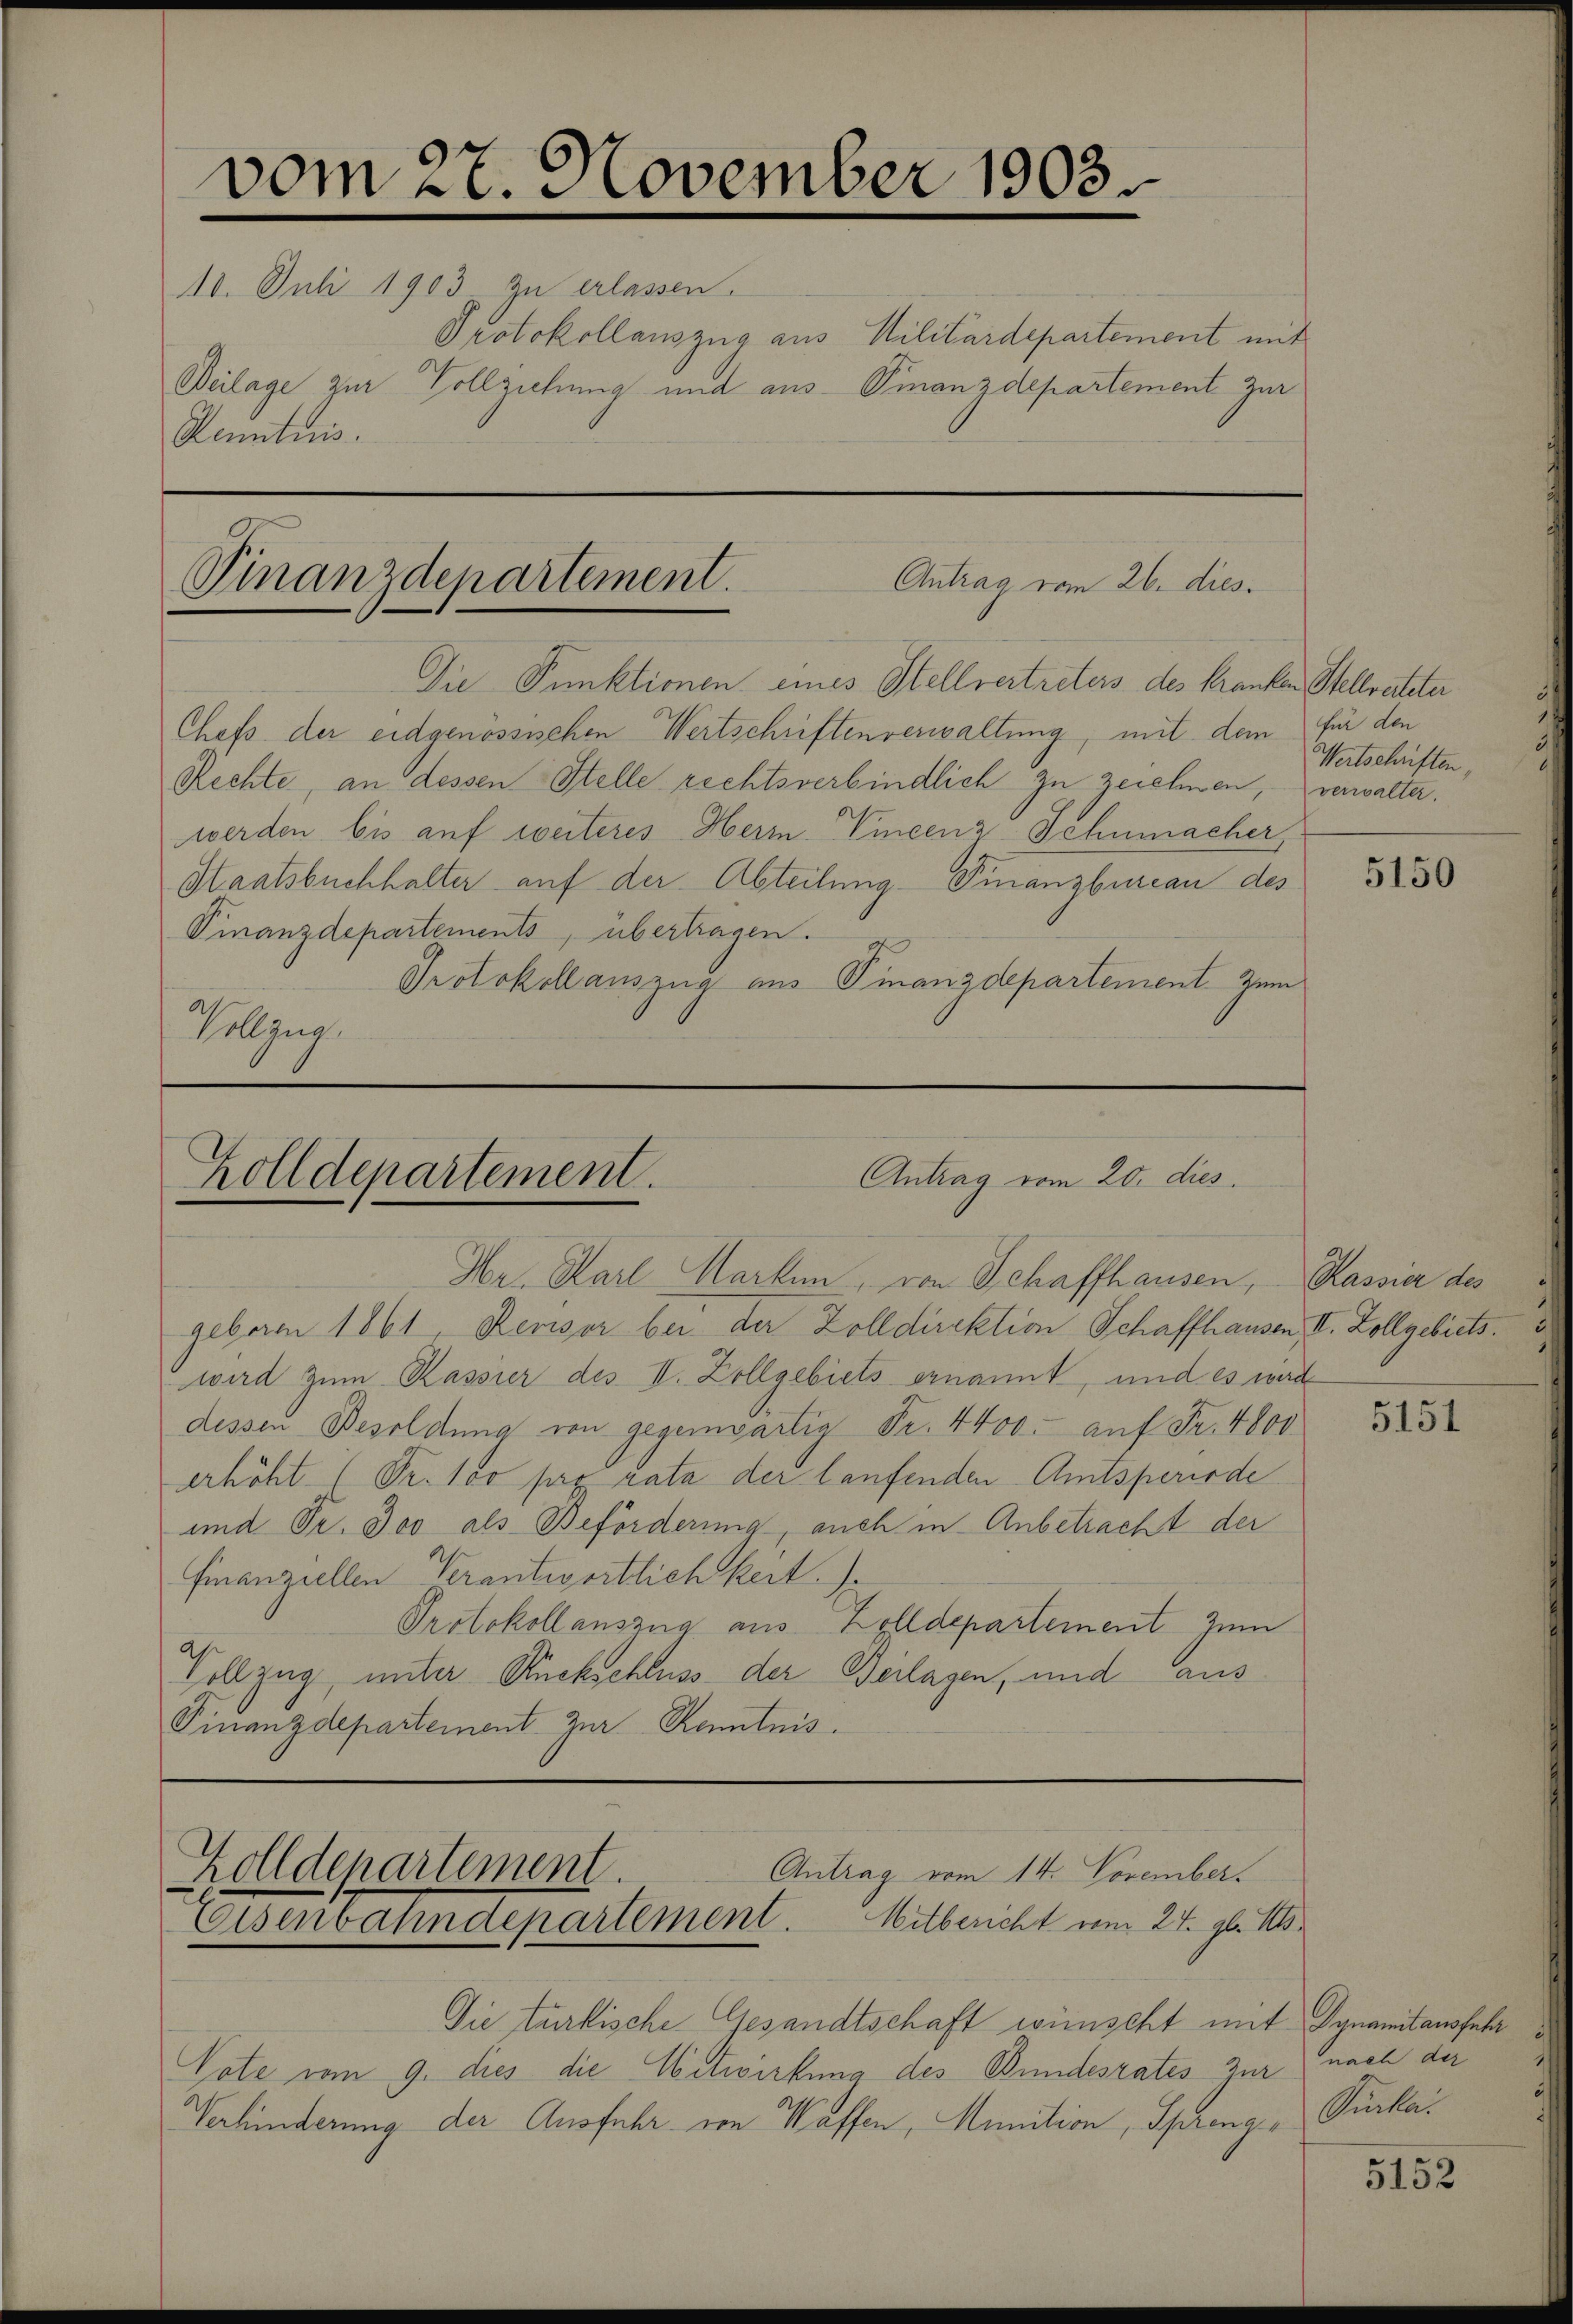
vom 27. November 1903.
10. Juli 1903 zu erlassen.
Protokollauszug aus Militärdepartement mit
Beilage zur Vollziehung und aus Finanzdepartement zur
Kenntnis.

Antrag vom 26. dies
Finanzdepartement.

Antrag vom 20. dies
holldepartement.

Die Punktionen eines Stellvertreters des Kranken Stellverteter
Chefs der eidgenössischen Wertschriftenverwaltung, mit dem für den
Rechte, an dessen Stelle rechtsverbindlich zu zeichnen, verwalter.
werden bis auf weiteres Herr Vincenz Schumacher
Staatsbuchhalter auf der Abteilung Finanzbureau des
Finanzdepartements, übertragen.
Protokollauszug aus Finanzdepartement zum
Vollzug.

Hr. Karl Marken, von Schaffhausen,
geboren 1861, Revisor bei der Zolldirektion Schaffhausen, II. Zollgebiets.
wird zum Kassier des II. Zollgebiets ernannt, und es werd
dessen Besoldung von gegenwärtig Fr. 4400. auf Fr. 4800
erhöht 1 Fr. 100 pro rata der laufenden Amtsperiode
und Fr. 300 als Beförderung, auch in Anbetracht der
Finanziellen Verantwortlichkeit.)
Protokollanszug aus Zolldepartement zum
Vollzug, unter Rückschluss der Beilagen, und aus
Finanzdepartement zur Kenntnis.

olldepartement.
Antrag vom 14. November.
Eisenbahndepartement. Mitbericht vom 27. gl. Mts.

Die türkische Gesandtschaft wünscht mit Dynamitansfehr
Vote vom 9. dies die Mitwirkung des Bundesrates zur nach der
Verhinderung der Ausfuhr von Waffen, Munition, Spreng, Furka¬

Wertschriften,

5150

Kassier des

5151

5152